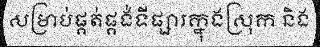
សម្រាប់ផ្គត់ផ្គង់ទីផ្សារក្នុងស្រុក និង